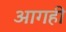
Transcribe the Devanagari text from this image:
आगही